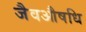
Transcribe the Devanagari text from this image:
जैवऔषधि